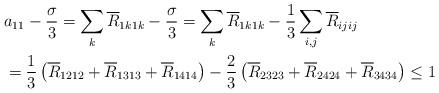
LaTeX: \begin{align*}& a_{11} -\frac{\sigma}{3} = \sum_k\overline{R}_{1k1k}-\frac{\sigma}{3} =\sum_k\overline{R}_{1k1k}-\frac{1}{3}\sum_{i,j} \overline{R}_{ijij}\\&=\frac{1}{3}\left(\overline{R}_{1212} + \overline{R}_{1313}+ \overline{R}_{1414}\right)-\frac{2}{3}\left(\overline{R}_{2323} + \overline{R}_{2424}+ \overline{R}_{3434}\right)\le 1\end{align*}